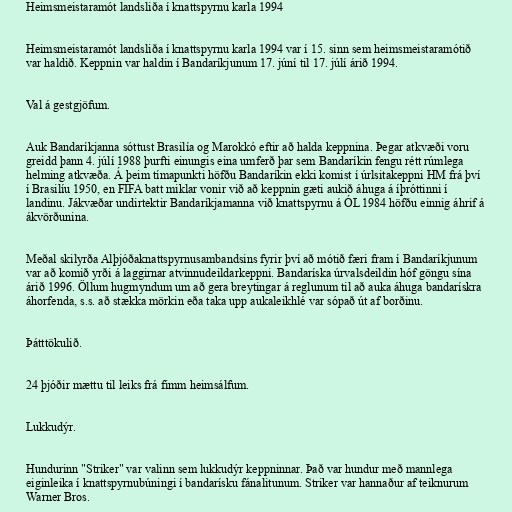
Heimsmeistaramót landsliða í knattspyrnu karla 1994

Heimsmeistaramót landsliða í knattspyrnu karla 1994 var í 15. sinn sem heimsmeistaramótið
var haldið. Keppnin var haldin í Bandaríkjunum 17. júní til 17. júlí árið 1994.

Val á gestgjöfum.

Auk Bandaríkjanna sóttust Brasilía og Marokkó eftir að halda keppnina. Þegar atkvæði voru
greidd þann 4. júlí 1988 þurfti einungis eina umferð þar sem Bandaríkin fengu rétt rúmlega
helming atkvæða. Á þeim tímapunkti höfðu Bandaríkin ekki komist í úrlsitakeppni HM frá því
í Brasilíu 1950, en FIFA batt miklar vonir við að keppnin gæti aukið áhuga á íþróttinni í
landinu. Jákvæðar undirtektir Bandaríkjamanna við knattspyrnu á ÓL 1984 höfðu einnig áhrif á
ákvörðunina.

Meðal skilyrða Alþjóðaknattspyrnusambandsins fyrir því að mótið færi fram í Bandaríkjunum
var að komið yrði á laggirnar atvinnudeildarkeppni. Bandaríska úrvalsdeildin hóf göngu sína
árið 1996. Öllum hugmyndum um að gera breytingar á reglunum til að auka áhuga bandarískra
áhorfenda, s.s. að stækka mörkin eða taka upp aukaleikhlé var sópað út af borðinu.

Þátttökulið.

24 þjóðir mættu til leiks frá fimm heimsálfum.

Lukkudýr.

Hundurinn "Striker" var valinn sem lukkudýr keppninnar. Það var hundur með mannlega
eiginleika í knattspyrnubúningi í bandarísku fánalitunum. Striker var hannaður af teiknurum
Warner Bros.